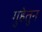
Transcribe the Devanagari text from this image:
गुहेतुन